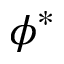
\phi ^ { * }